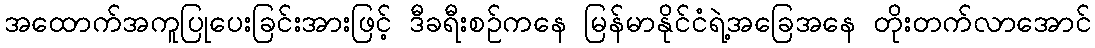
အထောက်အကူပြုပေးခြင်းအားဖြင့် ဒီခရီးစဉ်ကနေ မြန်မာနိုင်ငံရဲ့အခြေအနေ တိုးတက်လာအောင်